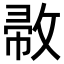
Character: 𢽰